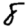
Digit: 8